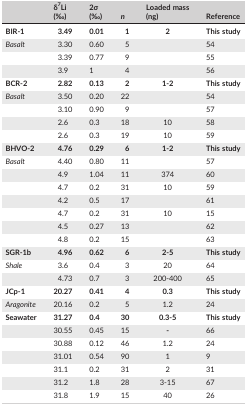
<table><thead><tr><td>[EMPTY_CELL]</td><td><b>δ<sup>7</sup>Li</b></td><td><b>2σ</b></td><td rowspan="2"><b><i>n</i></b></td><td><b>Loaded mass</b></td><td rowspan="2"><b>Reference</b></td></tr><tr><td>[EMPTY_CELL]</td><td><b>(‰)</b></td><td><b>(‰)</b></td><td><b>(ng)</b></td></tr></thead><tbody><tr><td><b>BIR‐1</b></td><td><b>3.49</b></td><td><b>0.01</b></td><td><b>1</b></td><td><b>2</b></td><td><b>This study</b></td></tr><tr><td><i>Basalt</i></td><td>3.30</td><td>0.60</td><td>5</td><td>[EMPTY_CELL]</td><td>54</td></tr><tr><td>[EMPTY_CELL]</td><td>3.39</td><td>0.77</td><td>9</td><td>[EMPTY_CELL]</td><td>55</td></tr><tr><td>[EMPTY_CELL]</td><td>3.9</td><td>1</td><td>4</td><td>[EMPTY_CELL]</td><td>56</td></tr><tr><td><b>BCR‐2</b></td><td><b>2.82</b></td><td><b>0.13</b></td><td><b>2</b></td><td><b>1‐2</b></td><td><b>This study</b></td></tr><tr><td><i>Basalt</i></td><td>3.50</td><td>0.20</td><td>22</td><td>[EMPTY_CELL]</td><td>54</td></tr><tr><td>[EMPTY_CELL]</td><td>3.10</td><td>0.90</td><td>9</td><td>[EMPTY_CELL]</td><td>57</td></tr><tr><td>[EMPTY_CELL]</td><td>2.6</td><td>0.3</td><td>18</td><td>10</td><td>58</td></tr><tr><td>[EMPTY_CELL]</td><td>2.6</td><td>0.3</td><td>19</td><td>10</td><td>59</td></tr><tr><td><b>BHVO‐2</b></td><td><b>4.76</b></td><td><b>0.29</b></td><td><b>6</b></td><td><b>1‐2</b></td><td><b>This study</b></td></tr><tr><td><i>Basalt</i></td><td>4.40</td><td>0.80</td><td>11</td><td>[EMPTY_CELL]</td><td>57</td></tr><tr><td>[EMPTY_CELL]</td><td>4.9</td><td>1.04</td><td>11</td><td>374</td><td>60</td></tr><tr><td>[EMPTY_CELL]</td><td>4.7</td><td>0.2</td><td>31</td><td>10</td><td>59</td></tr><tr><td>[EMPTY_CELL]</td><td>4.2</td><td>0.5</td><td>17</td><td>[EMPTY_CELL]</td><td>61</td></tr><tr><td>[EMPTY_CELL]</td><td>4.7</td><td>0.2</td><td>31</td><td>10</td><td>15</td></tr><tr><td>[EMPTY_CELL]</td><td>4.5</td><td>0.27</td><td>13</td><td>[EMPTY_CELL]</td><td>62</td></tr><tr><td>[EMPTY_CELL]</td><td>4.8</td><td>0.2</td><td>15</td><td>[EMPTY_CELL]</td><td>63</td></tr><tr><td><b>SGR‐1b</b></td><td><b>4.96</b></td><td><b>0.62</b></td><td><b>6</b></td><td><b>2‐5</b></td><td><b>This study</b></td></tr><tr><td><i>Shale</i></td><td>3.6</td><td>0.4</td><td>3</td><td>20</td><td>64</td></tr><tr><td>[EMPTY_CELL]</td><td>4.73</td><td>0.7</td><td>3</td><td>200‐400</td><td>65</td></tr><tr><td><b>JCp‐1</b></td><td><b>20.27</b></td><td><b>0.41</b></td><td><b>4</b></td><td><b>0.3</b></td><td><b>This study</b></td></tr><tr><td><i>Aragonite</i></td><td>20.16</td><td>0.2</td><td>5</td><td>1.2</td><td>24</td></tr><tr><td><b>Seawater</b></td><td><b>31.27</b></td><td><b>0.4</b></td><td><b>30</b></td><td><b>0.3‐5</b></td><td><b>This study</b></td></tr><tr><td>[EMPTY_CELL]</td><td>30.55</td><td>0.45</td><td>15</td><td><b>‐</b></td><td>66</td></tr><tr><td>[EMPTY_CELL]</td><td>30.88</td><td>0.12</td><td>46</td><td>1.2</td><td>24</td></tr><tr><td>[EMPTY_CELL]</td><td>31.01</td><td>0.54</td><td>90</td><td>1</td><td>9</td></tr><tr><td>[EMPTY_CELL]</td><td>31.1</td><td>0.2</td><td>31</td><td>2</td><td>31</td></tr><tr><td>[EMPTY_CELL]</td><td>31.2</td><td>1.8</td><td>28</td><td>3‐15</td><td>67</td></tr><tr><td>[EMPTY_CELL]</td><td>31.8</td><td>1.9</td><td>15</td><td>40</td><td>26</td></tr></tbody></table>